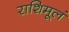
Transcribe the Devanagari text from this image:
राशिमूलं